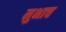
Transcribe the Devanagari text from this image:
मुभाच